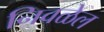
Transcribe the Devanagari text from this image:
निवळेल